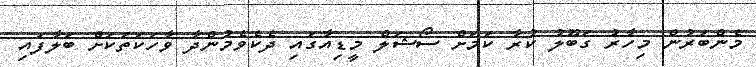
މެންބަރުން މިހާރު ގަބޫލު ކުރާ ކަމަށް ސޯޝަލް މީޑިއާގައި ދެކެވެމުންދާ ވާހަކަތަކަށް ބަލާފައި